Sanitation, dispensaries and jails vaccination Rajputana 1922-1927 - 1922-1927
Year: 1922
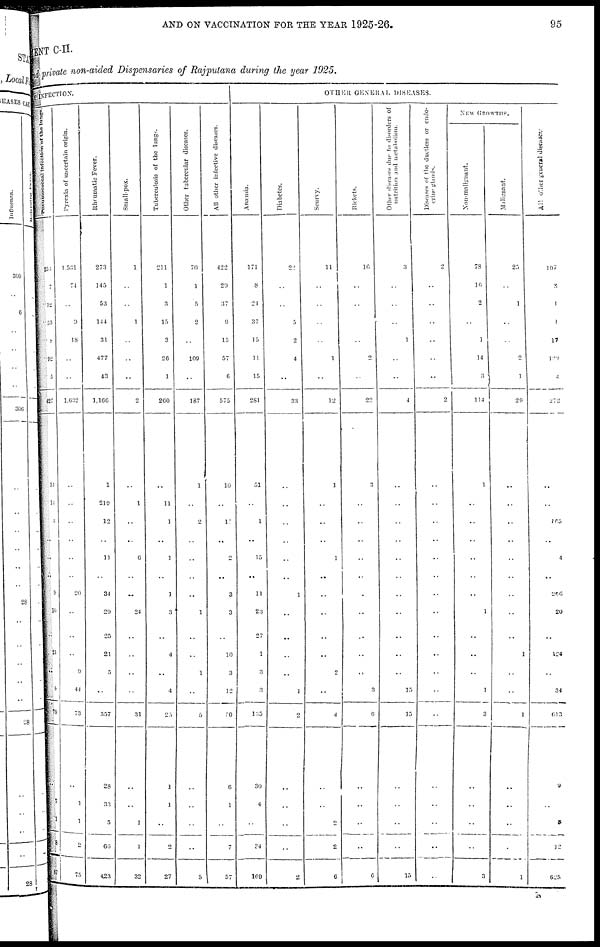
AND ON VACCINATION FOR THE YEAR 1925-26.
95
MENT C-II.
and private non-aided Dispensaries of Rajputana during the year 1925.
INFECTION.
Pneumococcal infection of the lungs.
253
7
12
50
8
92
5
427
14
14
3
..
9
10
..
21
..
8
79
..
7
1
8
87
Pyrexia
of uncertain origin.
1,531
74
..
9
18
..
..
1,632
..
..
..
..
20
..
..
..
9
44
73
..
1
1
2
75
Rheumatic Fever.
273
145
53
144
31
477
43
1,166
1
210
12
11
34
29
25
21
5
..
357
28
33
5
66
423
Small-pox.
1
..
..
1
..
..
..
2
..
1
..
6
..
24
..
..
..
..
31
..
..
1
1
32
Tuberculosis of the lungs.
211
1
3
15
3
26
1
260
..
11
1
1
1
3
..
4
..
4
25
1
1
..
2
27
Other tubercular diseases.
70
1
5
2
..
109
..
187
1
..
2
..
..
1
..
..
1
..
5
..
..
..
..
5
All other infective diseases.
422
29
37
9
15
57
6
575
10
..
17
2
3
3
..
10
3
12
50
6
1
..
7
57
OTHER
GENERAL
DISEASES.
Anœmia.
171
8
24
37
15
11
15
281
51
..
1
15
11
23
27
1
3
3
135
30
4
..
34
169
Diabetes.
22
..
..
5
2
4
..
33
..
..
..
..
1
..
..
..
..
1
2
..
..
..
..
2
Scurvy.
11
..
..
..
..
1
..
12
1
..
..
1
..
..
..
..
2
..
4
..
..
2
2
6
Rickets.
16
..
..
..
..
2
..
22
3
..
..
..
..
..
..
..
..
3
6
..
..
..
..
6
Other diseases due to disorders of
nutrition and metabolism.
3
..
..
..
1
..
..
4
..
..
..
..
..
..
..
..
..
15
15
..
..
..
..
15
Diseases of the ductless or endo-
crine glands.
2
..
..
..
..
..
..
2
..
..
..
..
..
..
..
..
..
..
..
..
..
..
..
..
NEW GROWTHS.
Non-malignant
78
16
2
..
1
14
3
114
1
..
..
..
..
1
..
..
..
1
3
..
..
..
..
3
Malignant.
25
..
1
..
..
2
1
29
..
..
..
..
..
..
..
1
..
..
1
..
..
..
..
1
All other general diseases.
107
3
1
1
17
129
4
272
..
..
165
4
286
20
..
124
..
34
613
9
..
3
12
625
N